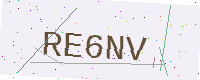
Text: RE6NV